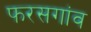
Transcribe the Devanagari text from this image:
फरसगांव